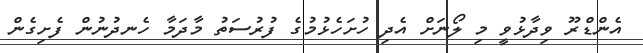
އެންޑްރޫ ވިދާޅުވީ މި ލޯނަށް އެދި ހުށަހެޅުމުގެ ފުރުސަތު މާދަމާ ހެނދުނުން ފެށިގެން